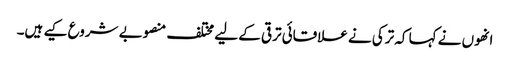
انھوں نے کہا کہ ترکی نے علاقائی ترقی کے لیے مختلف منصوبے شروع کیے ہیں۔